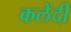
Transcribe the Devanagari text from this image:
कलेंदी